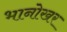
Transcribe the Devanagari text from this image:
भानोखर